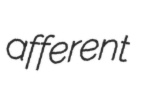
afferent